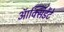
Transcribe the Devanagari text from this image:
ऑक्सिडेंटे